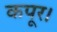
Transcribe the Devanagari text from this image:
कपूर।